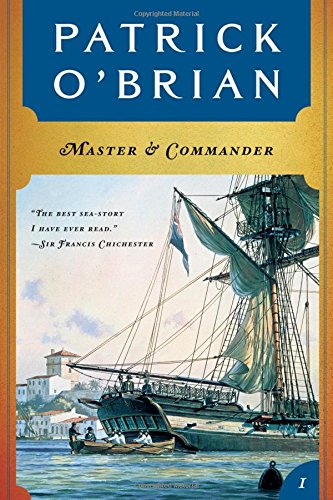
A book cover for Master and Commander; Patrick O'Brian; Literature & Fiction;